Code of medical and sanitary regulations for the guidance of medical officers serving in the Madras Presidency - Volume I
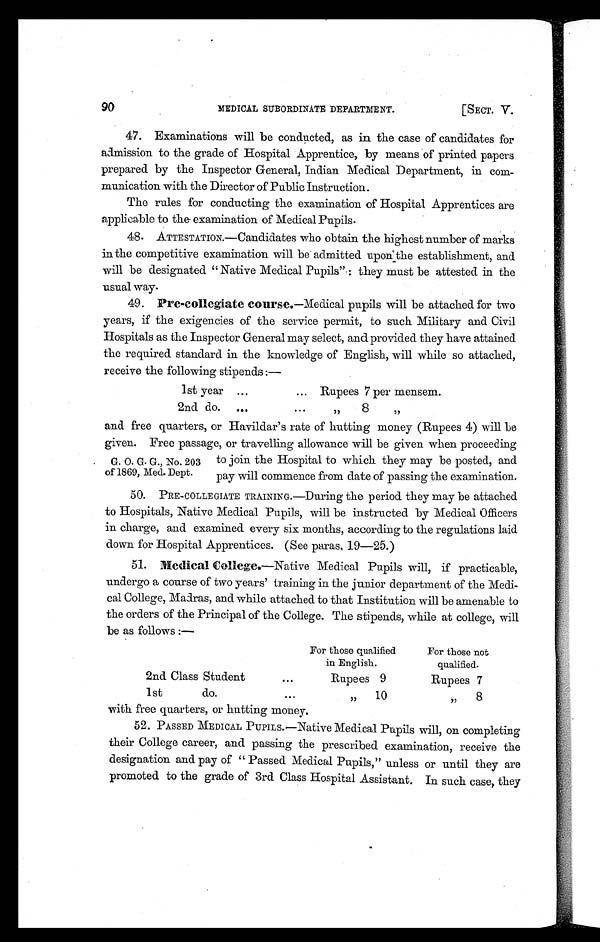
MEDICAL SUBORDINATE DEPARTMENT.
[SECT. V.
90
47. Examinations will be conducted, as in the case of candidates for
admission to the grade of Hospital Apprentice, by means of printed papers
prepared by the Inspector General, Indian Medical Department, in com-
munication with the Director of Public Instruction.
The rules for conducting the examination of Hospital Apprentices are
applicable to the examination of Medical Pupils.
48. ATTESTATION.—Candidates who obtain the highest number of marks
in the competitive examination will be admitted upon the establishment, and
will be designated "Native Medical Pupils" : they must be attested in the
usual way.
49. Pre-collegiate course.—Medical pupils will be attached for two
years, if the exigencies of the service permit, to such Military and Civil
Hospitals as the Inspector General may select, and provided they have attained
the required standard in the knowledge of English, will while so attached,
receive the following stipends :—
1st year ...
... Rupees 7 per mensem.
2nd do.
...
.
. .
, ,
8
,,
and free quarters, or Havildar's rate of hutting money (Rupees 4) will be
given. Free passage, or travelling allowance will be given when proceeding
G. O. G. G., No. 203 to join the Hospital to which they may be posted, and
of 1869, Med. Dept.
pay will commence from date of passing the examination.
50.
PRE-COLLEGIATE TRAINING.—During the period they may be attached
to Hospitals, Native Medical Pupils, will be instructed by Medical Officers
in charge, and examined every six months, according to the regulations laid
down for Hospital Apprentices. (See paras, 19—25.)
51. Medical College.—Native Medical Pupils will, if practicable,
undergo a course of two years' training in the junior department of the Medi-
cal College, Madras, and while attached to that Institution will be amenable to
the orders of the Principal of the College. The stipends, while at college, will
be as follows :—
For those qualified
in English.
For those not
qualified.
2nd Class Student
...
Rupees 9
Rupees 7
1st
do.
. . .
,,
10
,,
8
with free quarters, or hutting money,
52. PASSED MEDICAL PUPILS.—Native Medical Pupils will, on completing
their College career, and passing the prescribed examination, receive the
designation and pay of " Passed Medical Pupils," unless or until they are
promoted. to the grade of 3rd Class Hospital Assistant. In such case, they